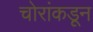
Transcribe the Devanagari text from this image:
चोरांकडून